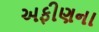
અફીણના